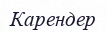
Карендер